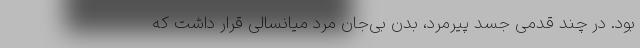
بود. در چند قدمی جسد پیرمرد، بدن بی‌جان مرد میانسالی قرار داشت که